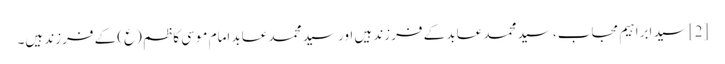
[2] سید ابراہیم مجاب، سید محمد عابد کے فرزند ہیں اور سید محمد عابد امام موسی کاظم (ع) کے فرزند ہیں۔